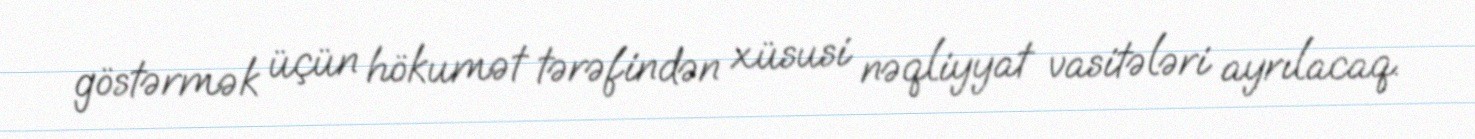
göstərmək üçün hökumət tərəfindən xüsusi nəqliyyat vasitələri ayrılacaq.